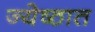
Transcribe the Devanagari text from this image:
ज्येष्ठात